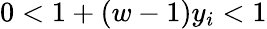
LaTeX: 0<1+(w-1)y_{i}<1